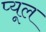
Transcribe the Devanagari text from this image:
प्यूल